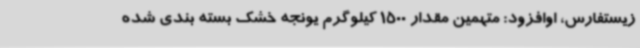
زیستفارس، اوافزود: متهمین مقدار 1500 کیلوگرم یونجه خشک بسته بندی شده